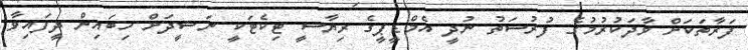
ފަރާތަކަށް ވާދަކުރުމުގެ ފުރުސަތު ނުދީ އެމްޑީޕީގެ ރިޔާސީ ޓިކެޓަކީ ނަޝީދަށް ހިބައިން ދީފައިވާ